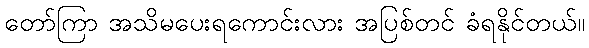
တော်ကြာ အသိမပေးရကောင်းလား အပြစ်တင် ခံရနိုင်တယ်။